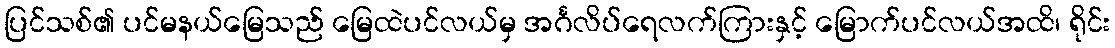
ပြင်သစ်၏ ပင်မနယ်မြေသည် မြေထဲပင်လယ်မှ အင်္ဂလိပ်ရေလက်ကြားနှင့် မြောက်ပင်လယ်အထိ၊ ရိုင်း